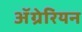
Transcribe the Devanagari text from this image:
ॲग्रेरियन